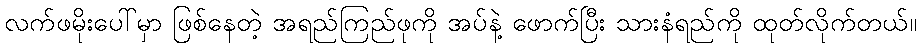
လက်ဖမိုးပေါ်မှာ ဖြစ်နေတဲ့ အရည်ကြည်ဖုကို အပ်နဲ့ ဖောက်ပြီး သားနံရည်ကို ထုတ်လိုက်တယ်။